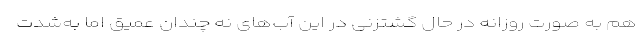
هم به صورت روزانه در حال گشتزنی در این آب‌های نه چندان عمیق اما به‌شدت